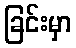
ခြင်းမှာ